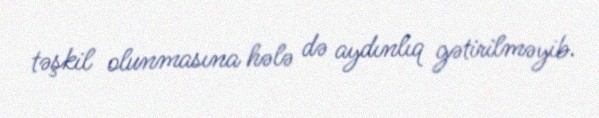
təşkil olunmasına hələ də aydınlıq gətirilməyib.